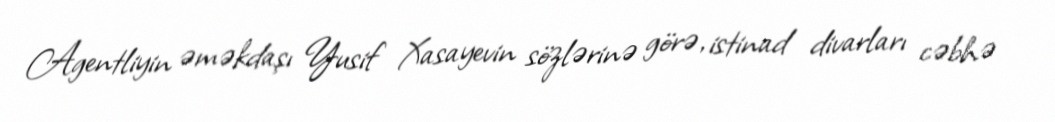
Agentliyin əməkdaşı Yusif Xasayevin sözlərinə görə, istinad divarları cəbhə